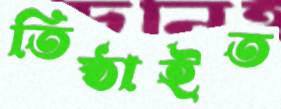
তিষ্ঠাইত